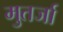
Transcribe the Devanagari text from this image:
मुतर्जा